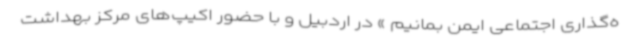
ه‌گذاری اجتماعی ایمن بمانیم » در اردبیل و با حضور اکیپ‌های مرکز بهداشت